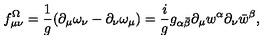
f _ { \mu \nu } ^ { \Omega } = { \frac { 1 } { g } } ( \partial _ { \mu } \omega _ { \nu } - \partial _ { \nu } \omega _ { \mu } ) = { \frac { i } { g } } g _ { \alpha \bar { \beta } } \partial _ { \mu } w ^ { \alpha } \partial _ { \nu } \bar { w } ^ { \beta } ,